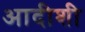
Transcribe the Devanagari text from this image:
आदीशी